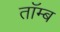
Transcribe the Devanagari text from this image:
तॉम्ब